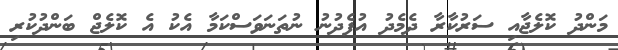
މަންދު ކޮލެޖާއި ސަރުކާރާ ދެމެދު އުފެދުނު ނުތަނަވަސްކަމާ އެކު އެ ކޮލެޖް ބަންދުކުރި